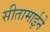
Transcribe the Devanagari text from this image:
सीतामाईने